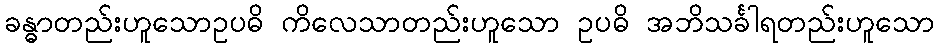
ခန္ဓာတည်းဟူသောဥပဓိ ကိလေသာတည်းဟူသော ဥပဓိ အဘိသင်္ခါရတည်းဟူသော